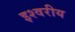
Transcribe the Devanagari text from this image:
इश्वरीय